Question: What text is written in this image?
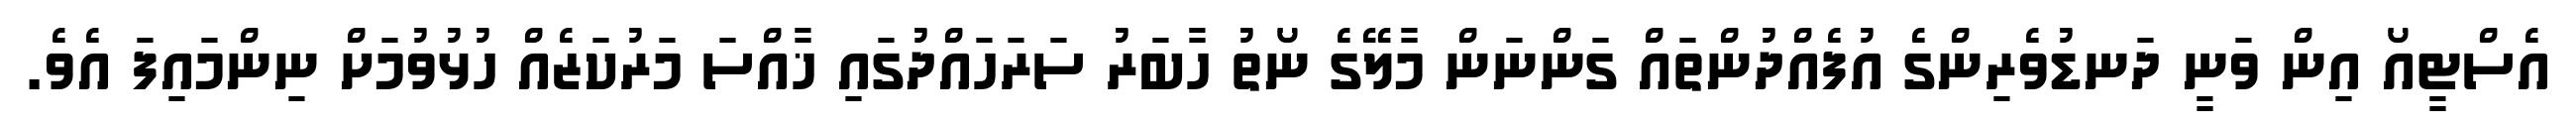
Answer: އެސްޓީއޯ އިން ވަނީ ދަނޑުވެރިންގެ އުފެއްދުންތައް ގަންނަން މާލޭގެ ނޯތު ހާބަރު ސަރަހައްދުގައި ޚާއްސަ މަރުކަޒެއް ހުޅުވުމަށް ނިންމައިފަ އެވެ.